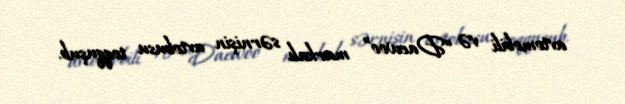
avtomobili və “Daewoo” markalı sərnişin avtobusu toqquşub.